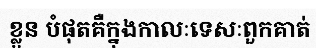
ខ្លួន បំផុតគឺក្នុងកាលៈទេសៈពួកគាត់